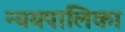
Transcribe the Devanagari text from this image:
न्ययपालिका